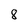
Character: 8